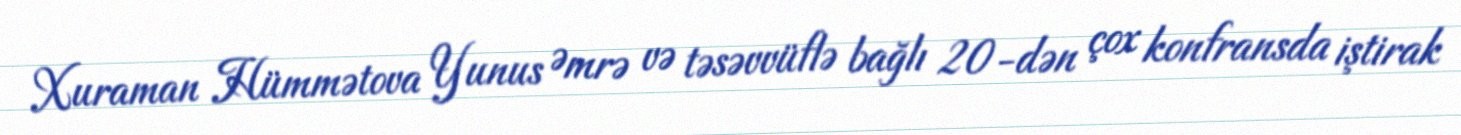
Xuraman Hümmətova Yunus Əmrə və təsəvvüflə bağlı 20-dən çox konfransda iştirak